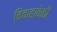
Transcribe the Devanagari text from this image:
विवाहावेळी